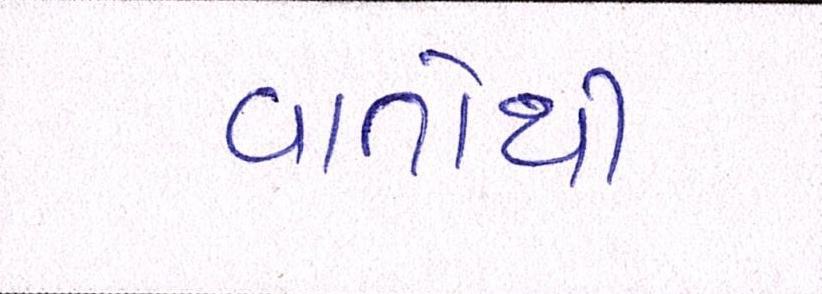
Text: વાતોથી